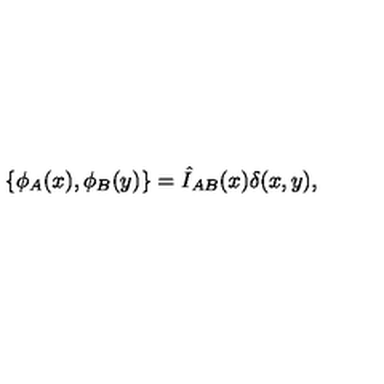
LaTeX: \{ \phi _ { A } ( x ) , \phi _ { B } ( y ) \} = \hat { I } _ { A B } ( x ) \delta ( x , y ) ,